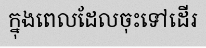
ក្នុងពេលដែលចុះទៅដើរ